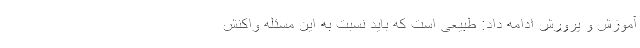
آموزش و پرورش ادامه داد: طبیعی است که باید نسبت به این مسئله واکنش